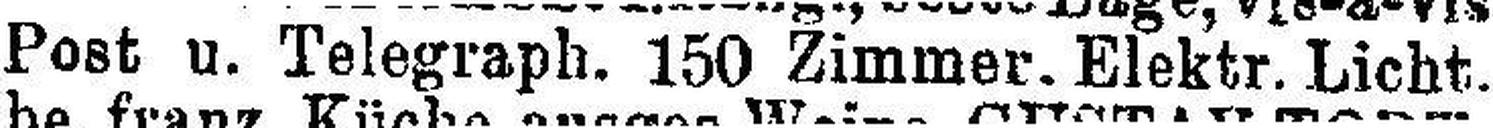
Post u. Telegraph. 150 Zimmer. Elektr. Licht.